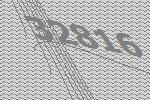
32816